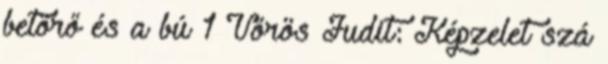
betörő és a bú 1 Vörös Judit: Képzelet szá